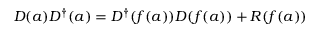
D ( a ) D ^ { \dagger } ( a ) = D ^ { \dagger } ( f ( a ) ) D ( f ( a ) ) + R ( f ( a ) )